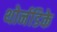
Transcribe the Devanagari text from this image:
थोर्नडिके